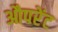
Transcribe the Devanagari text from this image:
औपरेंट